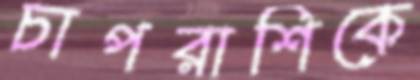
চাপরাশিকে